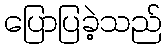
ပြောပြခဲ့သည်